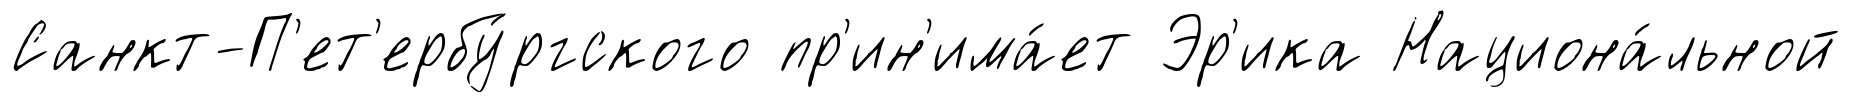
Санкт-П'ет'ербу́ргского пр'ин'има́ет Эр'ика Национа́льной